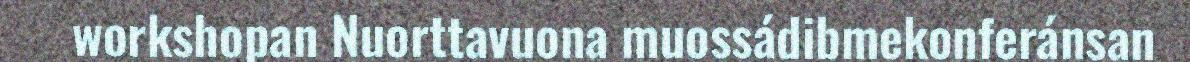
workshopan Nuorttavuona muossádibmekonferánsan